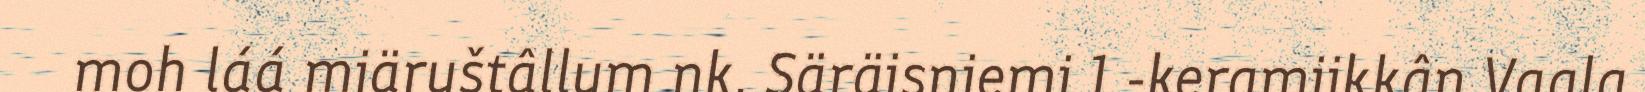
moh láá miäruštâllum nk. Säräisniemi 1 -keramiikkân Vaala